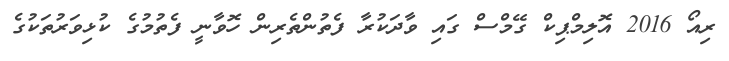
ރިއޯ 2016 އޮލިމްޕިކް ގޭމްސް ގައި ވާދަކުރާ ފެތުންތެރިން ހޮވާނީ ފެތުމުގެ ކުޅިވަރުތަކުގެ